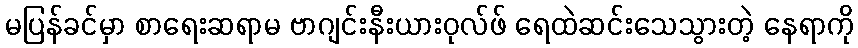
မပြန်ခင်မှာ စာရေးဆရာမ ဗာဂျင်းနီးယားဝုလ်ဖ် ရေထဲဆင်းသေသွားတဲ့ နေရာကို